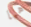
هيا